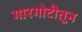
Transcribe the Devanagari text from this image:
गारगोटीतून